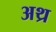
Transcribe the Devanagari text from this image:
अथ्र